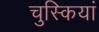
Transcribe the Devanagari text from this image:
चुस्कियां